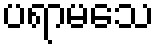
ပရာမသေ